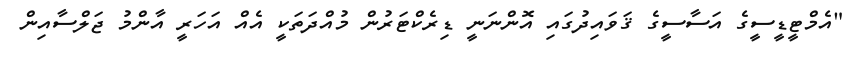
"އެމްޓީޑީސީގެ އަސާސީގެ ޤަވައިދުގައި އޮންނަނީ ޑިރެކްޓަރުން މުއްދަތަކީ އެއް އަހަރީ އާންމު ޖަލްސާއިން